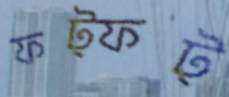
ফট্‌ফট্‌